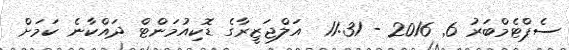
ސެޕްޓެމްބަރު 6